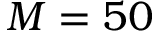
M = 5 0